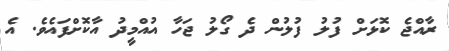
ރާއްޖެ ކޮޅަށް ފުލު ފުލުން ދެ ގޯލު ޖަހާ އުއްމީދު އާކޮށްފައެވެ. އެ